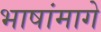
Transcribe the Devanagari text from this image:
भाषांमागे